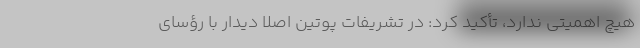
هیچ اهمیتی ندارد، تأکید کرد: در تشریفات پوتین اصلا دیدار با رؤسای